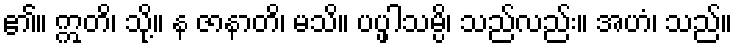
၏။ ဣတိ၊ သို့။ န ဇာနာတိ၊ မသိ။ ပပ္ဖါသမ္ပိ၊ သည်လည်း။ အဟံ၊ သည်။